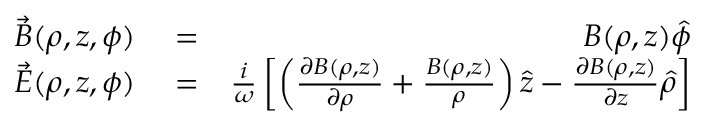
\begin{array} { r l r } { \vec { B } ( \rho , z , \phi ) } & { { } = } & { B ( \rho , z ) \hat { \phi } } \\ { \vec { E } ( \rho , z , \phi ) } & { { } = } & { { \frac { i } { \omega } } \left[ \left( { \frac { \partial B ( \rho , z ) } { \partial \rho } } + { \frac { B ( \rho , z ) } { \rho } } \right) \hat { z } - { \frac { \partial B ( \rho , z ) } { \partial z } } \hat { \rho } \right] } \end{array}